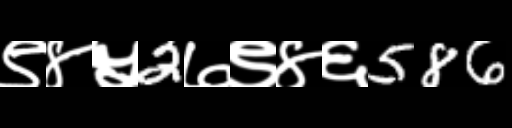
Text: ९४५2७९४६586